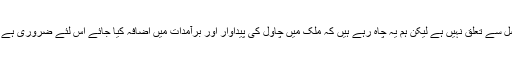
ریپ کے چیئرمین صفدر حسین نے کہا کہ برآمدت کنندگان کا زمین پر اگائے جانے والی فصل سے تعلق نہیں ہے لیکن ہم یہ چاہ رہے ہیں کہ ملک میں چاول کی پیداوار اور برآمدات میں اضافہ کیا جائے اس لئے ضروری ہے کہ کاشتکار مل مالکان اور ایکسپورٹرز ایک ہی رخ میں مثبت تبدیلی کے لئے کاوشیں کریں۔